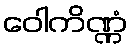
ဝေါကိဏ္ဏံ